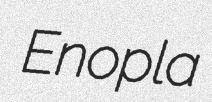
Enopla